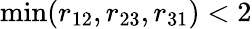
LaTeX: \operatorname*{min}(r_{12},r_{23},r_{31})<2